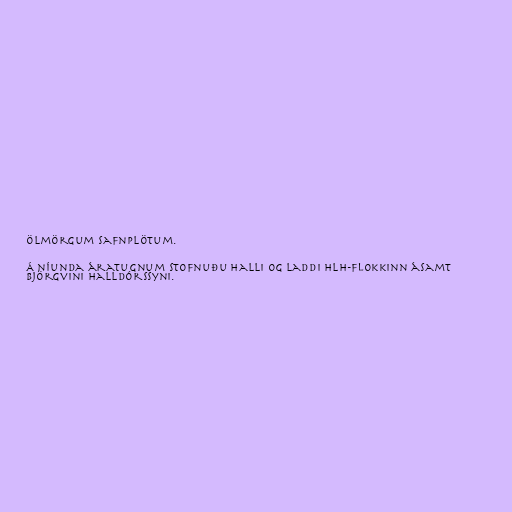
ölmörgum safnplötum.

Á níunda áratugnum stofnuðu Halli og Laddi HLH-flokkinn ásamt
Björgvini Halldórssyni.